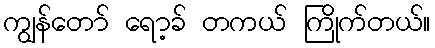
ကျွန်တော် ရော့ခ် တကယ် ကြိုက်တယ်။